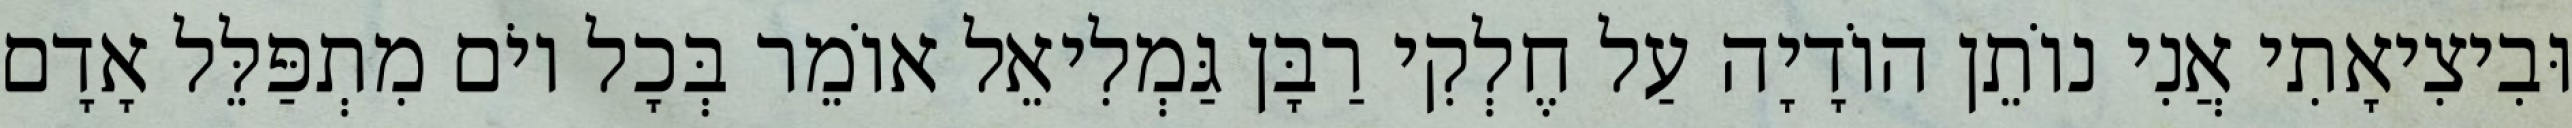
וּבִיצִיאָתִי אֲנִי נוֹתֵן הוֹדָיָה עַל חֶלְקִי רַבָּן גַּמְלִיאֵל אוֹמֵר בְּכָל יוֹם מִתְפַּלֵּל אָדָם